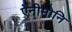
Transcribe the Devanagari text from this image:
ऐनीमोनि